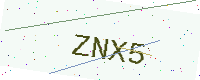
Text: ZNX5